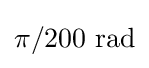
\pi /200{\text{ rad}}